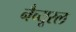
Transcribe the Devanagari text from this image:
नैच्यूरल